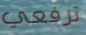
ترفعي